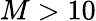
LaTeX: M>10